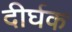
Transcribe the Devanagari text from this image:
दीर्घक